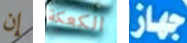
إن الكعكة جهاز